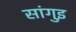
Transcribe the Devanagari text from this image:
सांगुइ